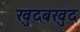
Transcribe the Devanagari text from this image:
खुदबखुद